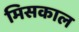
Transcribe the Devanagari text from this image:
मिसकाल